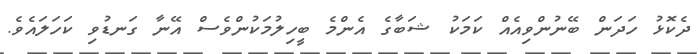
ދެކޮޅު ހަދަން ބޭނުންވިއެއް ކަމަކު ޝަބާގެ އެންމެ ބީހިލުމަކުންވެސް އޭނާ ގަނޑުވި ކަހަލައެވެ.